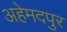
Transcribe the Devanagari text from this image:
अहेमदपुर